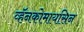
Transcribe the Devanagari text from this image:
व्हॅनकोमायसिन